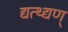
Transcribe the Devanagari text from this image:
द्यत्थ्द्यण्